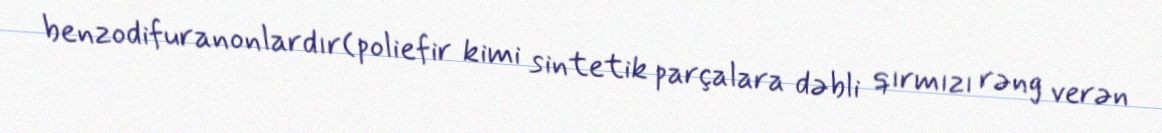
benzodifuranonlardır(poliefir kimi sintetik parçalara dəbli qırmızı rəng verən